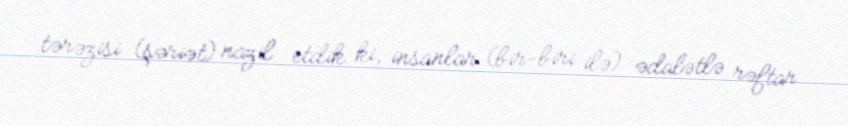
tərəzisi (şəriət) nazil etdik ki, insanlar (bir-biri ilə) ədalətlə rəftar